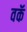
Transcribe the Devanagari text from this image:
वकॅ